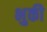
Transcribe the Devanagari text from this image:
भुकी